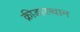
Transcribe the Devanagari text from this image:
क्रीडास्थान